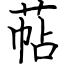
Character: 萜